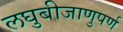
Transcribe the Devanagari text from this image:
लघुबीजाणुपर्ण